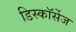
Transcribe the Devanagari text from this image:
डिस्कॉर्सेज